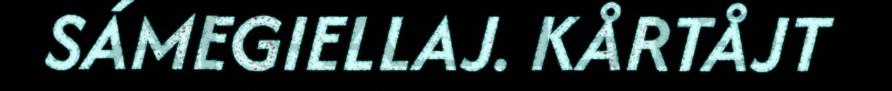
SÁMEGIELLAJ. KÅRTÅJT